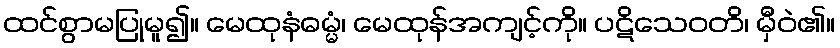
ထင်စွာမပြုမူ၍။ မေထုနံဓမ္မံ၊ မေထုန်အကျင့်ကို။ ပဋိသေဝတိ၊ မှီဝဲ၏။